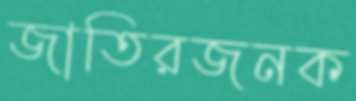
জাতিরজনক